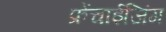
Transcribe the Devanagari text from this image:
फ्रेंचाईजिंग